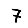
Digit: 7